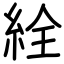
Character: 絟